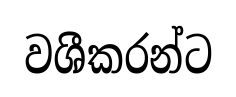
වශීකරන්ට